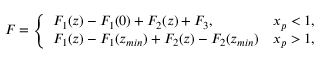
F = \left\{ \begin{array} { l l } { { F _ { 1 } ( z ) - F _ { 1 } ( 0 ) + F _ { 2 } ( z ) + F _ { 3 } , } } & { { x _ { p } < 1 , \nonumber } } \\ { { F _ { 1 } ( z ) - F _ { 1 } ( z _ { m i n } ) + F _ { 2 } ( z ) - F _ { 2 } ( z _ { m i n } ) } } & { { x _ { p } > 1 , } } \end{array} \right.